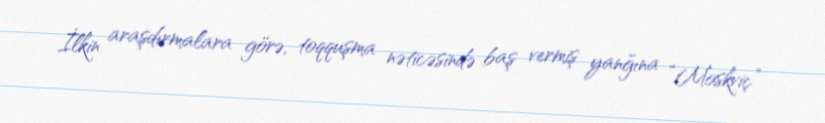
İlkin araşdırmalara görə, toqquşma nəticəsində baş vermiş yanğına “Moskviç”